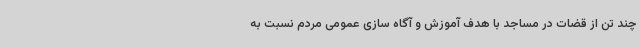
چند تن از قضات در مساجد با هدف آموزش و آگاه سازی عمومی مردم نسبت به